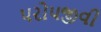
પરોપજીવી